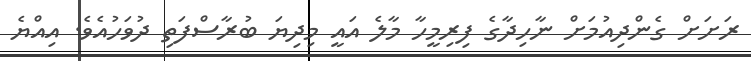
ރަށަށް ގެންދިއުމަށް ނާހިދާގެ ފިރިމީހާ މާލެ އައީ މިދިޔަ ބުރާސްފަތި ދުވަހުއެވެ. އިއްޔެ